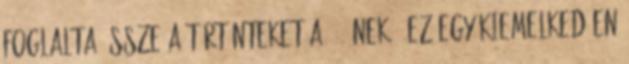
foglalta össze a történteket a 444-nek: "Ez egy kiemelkedően